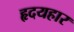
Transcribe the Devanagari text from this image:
हृदयहार